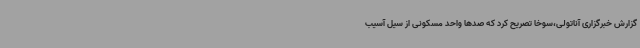
گزارش خبرگزاری آناتولی،سوخا تصریح کرد که صدها واحد مسکونی از سیل آسیب